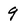
Character: 9